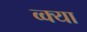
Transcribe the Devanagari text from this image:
व्क्या